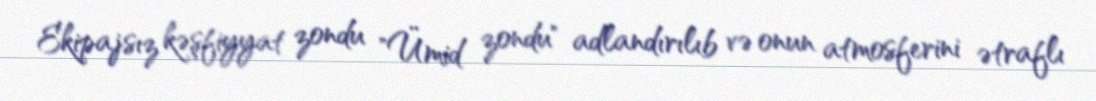
Ekipajsız kəşfiyyat zondu "Ümid zondu" adlandırılıb və onun atmosferini ətraflı